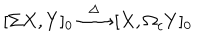
LaTeX: [ \Sigma X , Y ] _ { 0 } \stackrel { \Delta } { \longrightarrow } [ X , \Omega _ { c } Y ] _ { 0 }